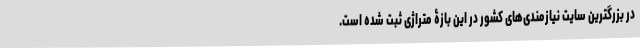
در بزرگترین سایت نیازمندی‌های کشور در این بازۀ متراژی ثبت شده است.